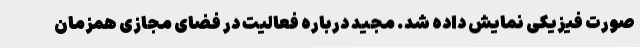
صورت فیزیکی نمایش داده شد. مجید درباره فعالیت در فضای مجازی همزمان